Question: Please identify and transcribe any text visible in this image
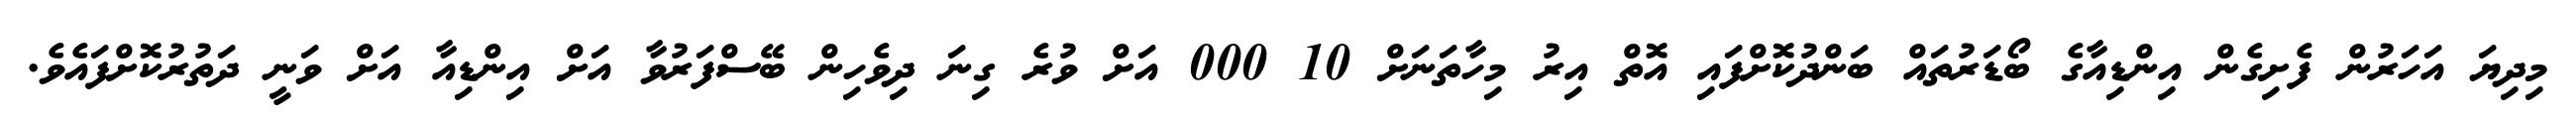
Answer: މިދިޔަ އަހަރުން ފެށިގެން އިންޑިއާގެ ބޯޑަރުތައް ބަންދުކޮށްފައި އޮތް އިރު މިހާތަނަށް 10 000 އަށް ވުރެ ގިނަ ދިވެހިން ބޭސްފަރުވާ އަށް އިންޑިއާ އަށް ވަނީ ދަތުރުކޮށްފައެވެ.